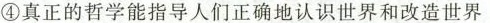
④真正的哲学能指导人们正确地认识世界和改造世界